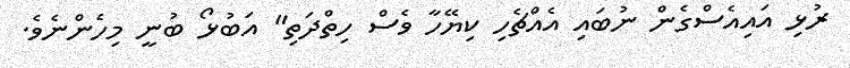
ރުޅި އައިއެސްގެން ނުބައި އެއްޗެހި ކިޔޭހާ ވެސް ހިތްދަތި" އަބުޅޯ ބުނީ މިހެންނެވެ.